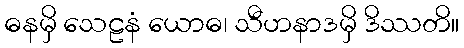
ဓနမှိ သေဠနံ ယောဓ၊ သီဟနာဒမှိ ဒိဿတိ။